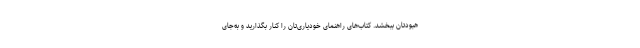
هبودتان ببخشد. کتاب‌های راهنمای خودیاری‌تان را کنار بگذارید و به‌جای